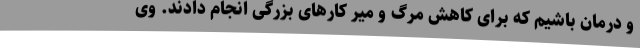
و درمان باشیم که برای کاهش مرگ و میر کارهای بزرگی انجام دادند. وی